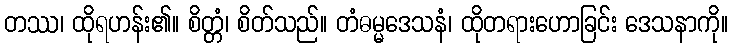
တဿ၊ ထိုရဟန်း၏။ စိတ္တံ၊ စိတ်သည်။ တံဓမ္မဒေသနံ၊ ထိုတရားဟောခြင်း ဒေသနာကို။